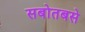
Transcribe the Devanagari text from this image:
सबोतबसे